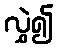
လွှဲ၍